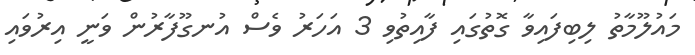
މައުލޫމާތު ލިބިފައިވާ ގޮތުގައި ފާއިތުވި 3 އަހަރު ވެސް އުނގޫފާރުން ވަނީ އިރުވައި